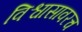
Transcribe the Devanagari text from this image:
विश्वासावरच